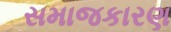
સમાજકારણ